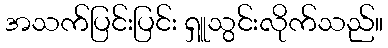
အသက်ပြင်းပြင်း ရှူသွင်းလိုက်သည်။